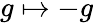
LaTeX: g\mapsto-g